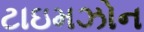
ટાઇમઝોન